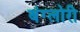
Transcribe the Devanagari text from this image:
बंग्लोरी